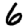
Digit: 6